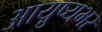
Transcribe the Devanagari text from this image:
आयु़्ष्यभर